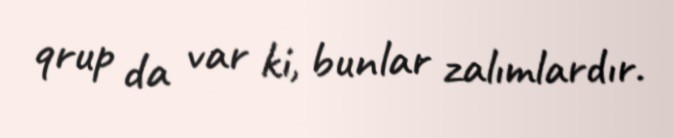
qrup da var ki, bunlar zalımlardır.